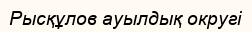
Рысқұлов ауылдық округі